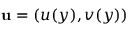
{ \bf u } = ( u ( y ) , v ( y ) )